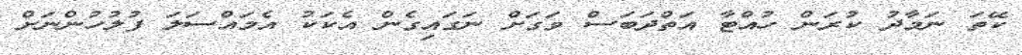
ކޭތަ ނަމާދު ކުރަން ހުއްޓާ އަތްދަބަސް ވަގަށް ނަގައިގެން އެކަކު އެމައްސަލަ ފުލުހުންނަށް